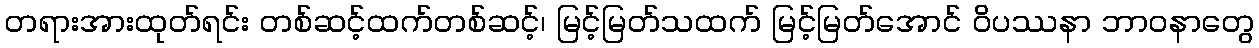
တရားအားထုတ်ရင်း တစ်ဆင့်ထက်တစ်ဆင့်၊ မြင့်မြတ်သထက် မြင့်မြတ်အောင် ဝိပဿနာ ဘာဝနာတွေ